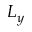
L _ { y }